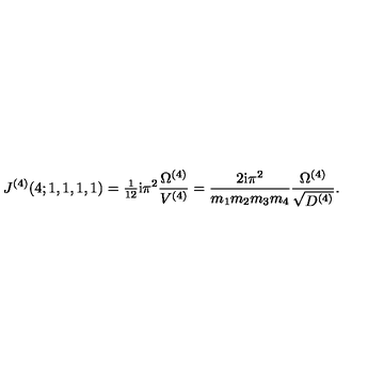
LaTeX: J ^ { ( 4 ) } ( 4 ; 1 , 1 , 1 , 1 ) = { \textstyle { \frac { 1 } { 1 2 } } } \mathrm { i } \pi ^ { 2 } \frac { \Omega ^ { ( 4 ) } } { V ^ { ( 4 ) } } = \frac { 2 \mathrm { i } \pi ^ { 2 } } { m _ { 1 } m _ { 2 } m _ { 3 } m _ { 4 } } \frac { \Omega ^ { ( 4 ) } } { \sqrt { D ^ { ( 4 ) } } } .